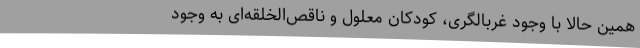
همین حالا با وجود غربالگری، کودکان معلول و ناقص‌الخلقه‌ای به وجود